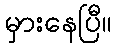
မှားနေပြီ။